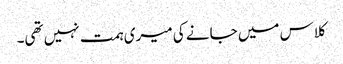
کلاس میں جانے کی میری ہمت نہیں تھی۔